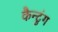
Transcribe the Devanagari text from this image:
कैन्टुंग